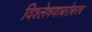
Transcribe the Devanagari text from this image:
विश्लेषणाबरोबरच